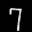
Label: 7